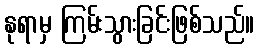
နုရာမှ ကြမ်းသွားခြင်းဖြစ်သည်။